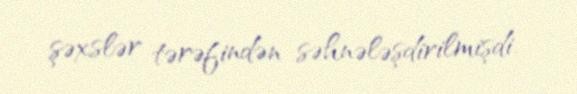
şəxslər tərəfindən səhnələşdirilmişdi.